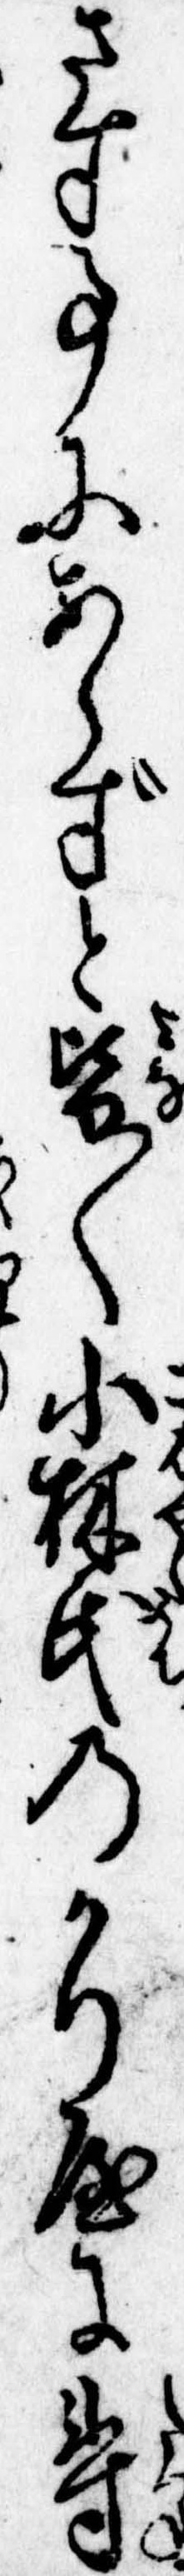
さす事にあらずと皆〱小林氏のかり屋に尋